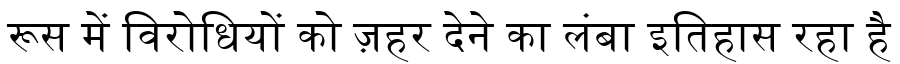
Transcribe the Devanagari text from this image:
रूस में विरोधियों को ज़हर देने का लंबा इतिहास रहा है